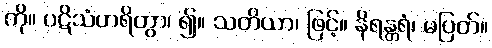
ကို။ ပဋိသံဟရိတွာ၊ ၍။ သတိယာ၊ ဖြင့်။ နိရန္တရံ၊ မပြတ်။